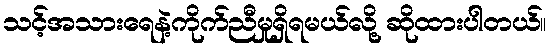
သင့်အသားရေနဲ့ကိုက်ညီမှုရှိရမယ်လို့ ဆိုထားပါတယ်။